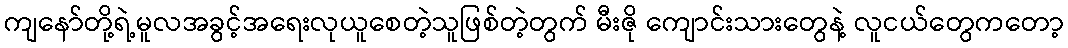
ကျနော်တို့ရဲ့မူလအခွင့်အရေးလုယူစေတဲ့သူဖြစ်တဲ့တွက် မီးဇို ကျောင်းသားတွေနဲ့ လူငယ်တွေကတော့